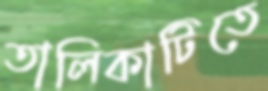
তালিকাটিতে